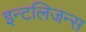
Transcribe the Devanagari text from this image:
इन्टलिजन्स